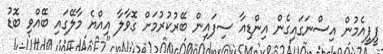
ޕީޕީއެމުން އިސްނަގައިގެން އިންޑިއާ ސިފައިން ބޭރުކުރުމަށް ގޮވާލާ އިއްޔެ މާލޭގައި ބޭއްވި ބޮޑު